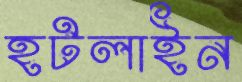
হটলাইন